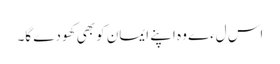
اس لءے وہ اپنے ایمان کو بھی کھودے گا۔